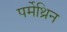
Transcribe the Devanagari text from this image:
पर्मेथ्रिन